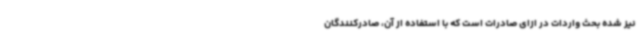
نیز شده بحث واردات در ازای صادرات است که با استفاده از آن، صادرکنندگان